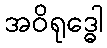
အဝိရုဒ္ဓေါ